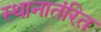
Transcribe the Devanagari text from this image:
स्थानातंरित